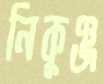
নিকুঞ্জ